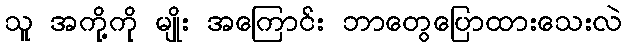
သူ အကို့ကို မျိုး အကြောင်း ဘာတွေပြောထားသေးလဲ